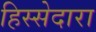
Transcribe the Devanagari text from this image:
हिस्सेदारा